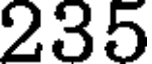
235